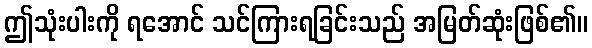
ဤသုံးပါးကို ရအောင် သင်ကြားရခြင်းသည် အမြတ်ဆုံးဖြစ်၏။